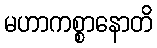
မဟာကစ္စာနောတိ